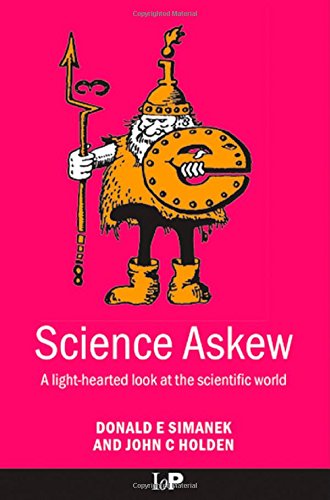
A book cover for Science Askew: A Light-hearted Look at the Scientific World (Institute of Physics Conference Series); Donald M Simanek; Humor & Entertainment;